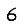
Digit: 6